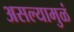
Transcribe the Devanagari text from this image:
असल्यामुळं